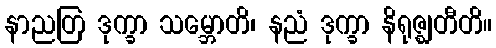
နာညတြ ဒုက္ခာ သမ္ဘောတိ၊ နညံ ဒုက္ခာ နိရုဇ္ဈတီတိ။